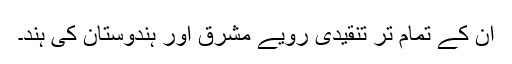
ان کے تمام تر تنقیدی رویے مشرق اور ہندوستان کی ہند۔